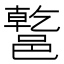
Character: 𨝝